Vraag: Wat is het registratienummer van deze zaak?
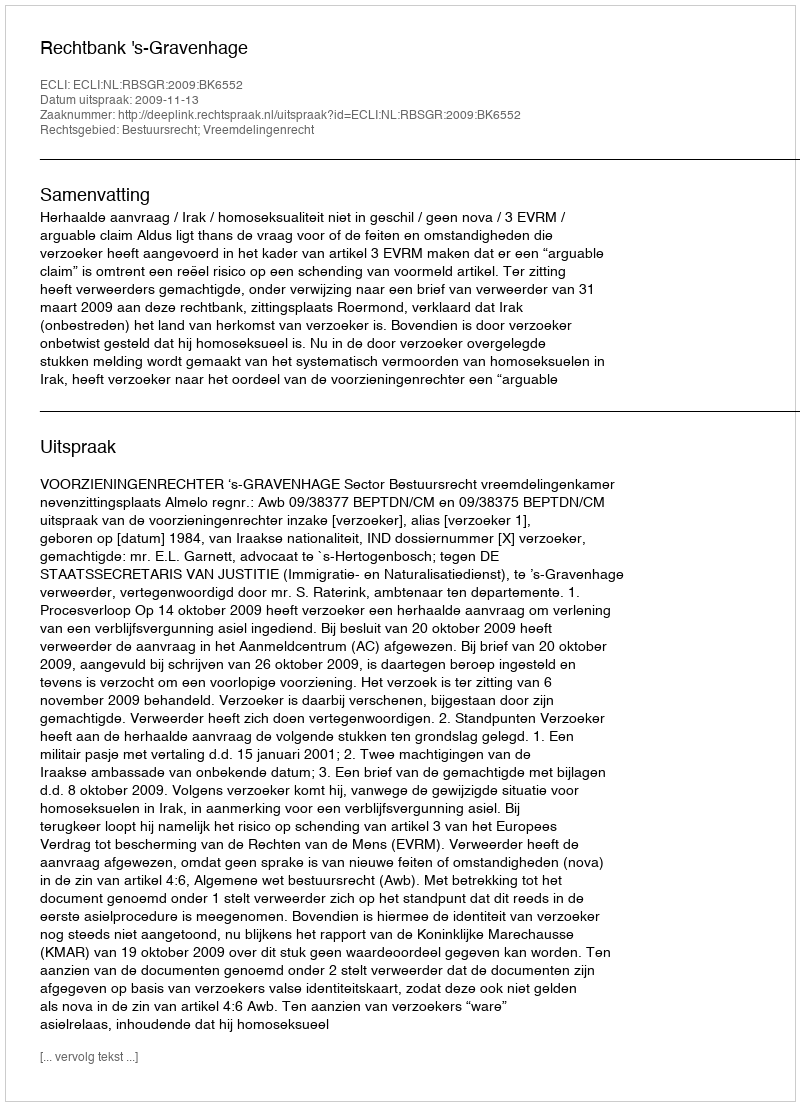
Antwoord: http://deeplink.rechtspraak.nl/uitspraak?id=ECLI:NL:RBSGR:2009:BK6552